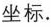
坐标.